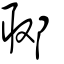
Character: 郰